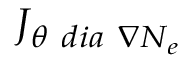
{ J } _ { \theta \ d i a \ \nabla N _ { e } }